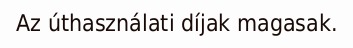
Az úthasználati díjak magasak.